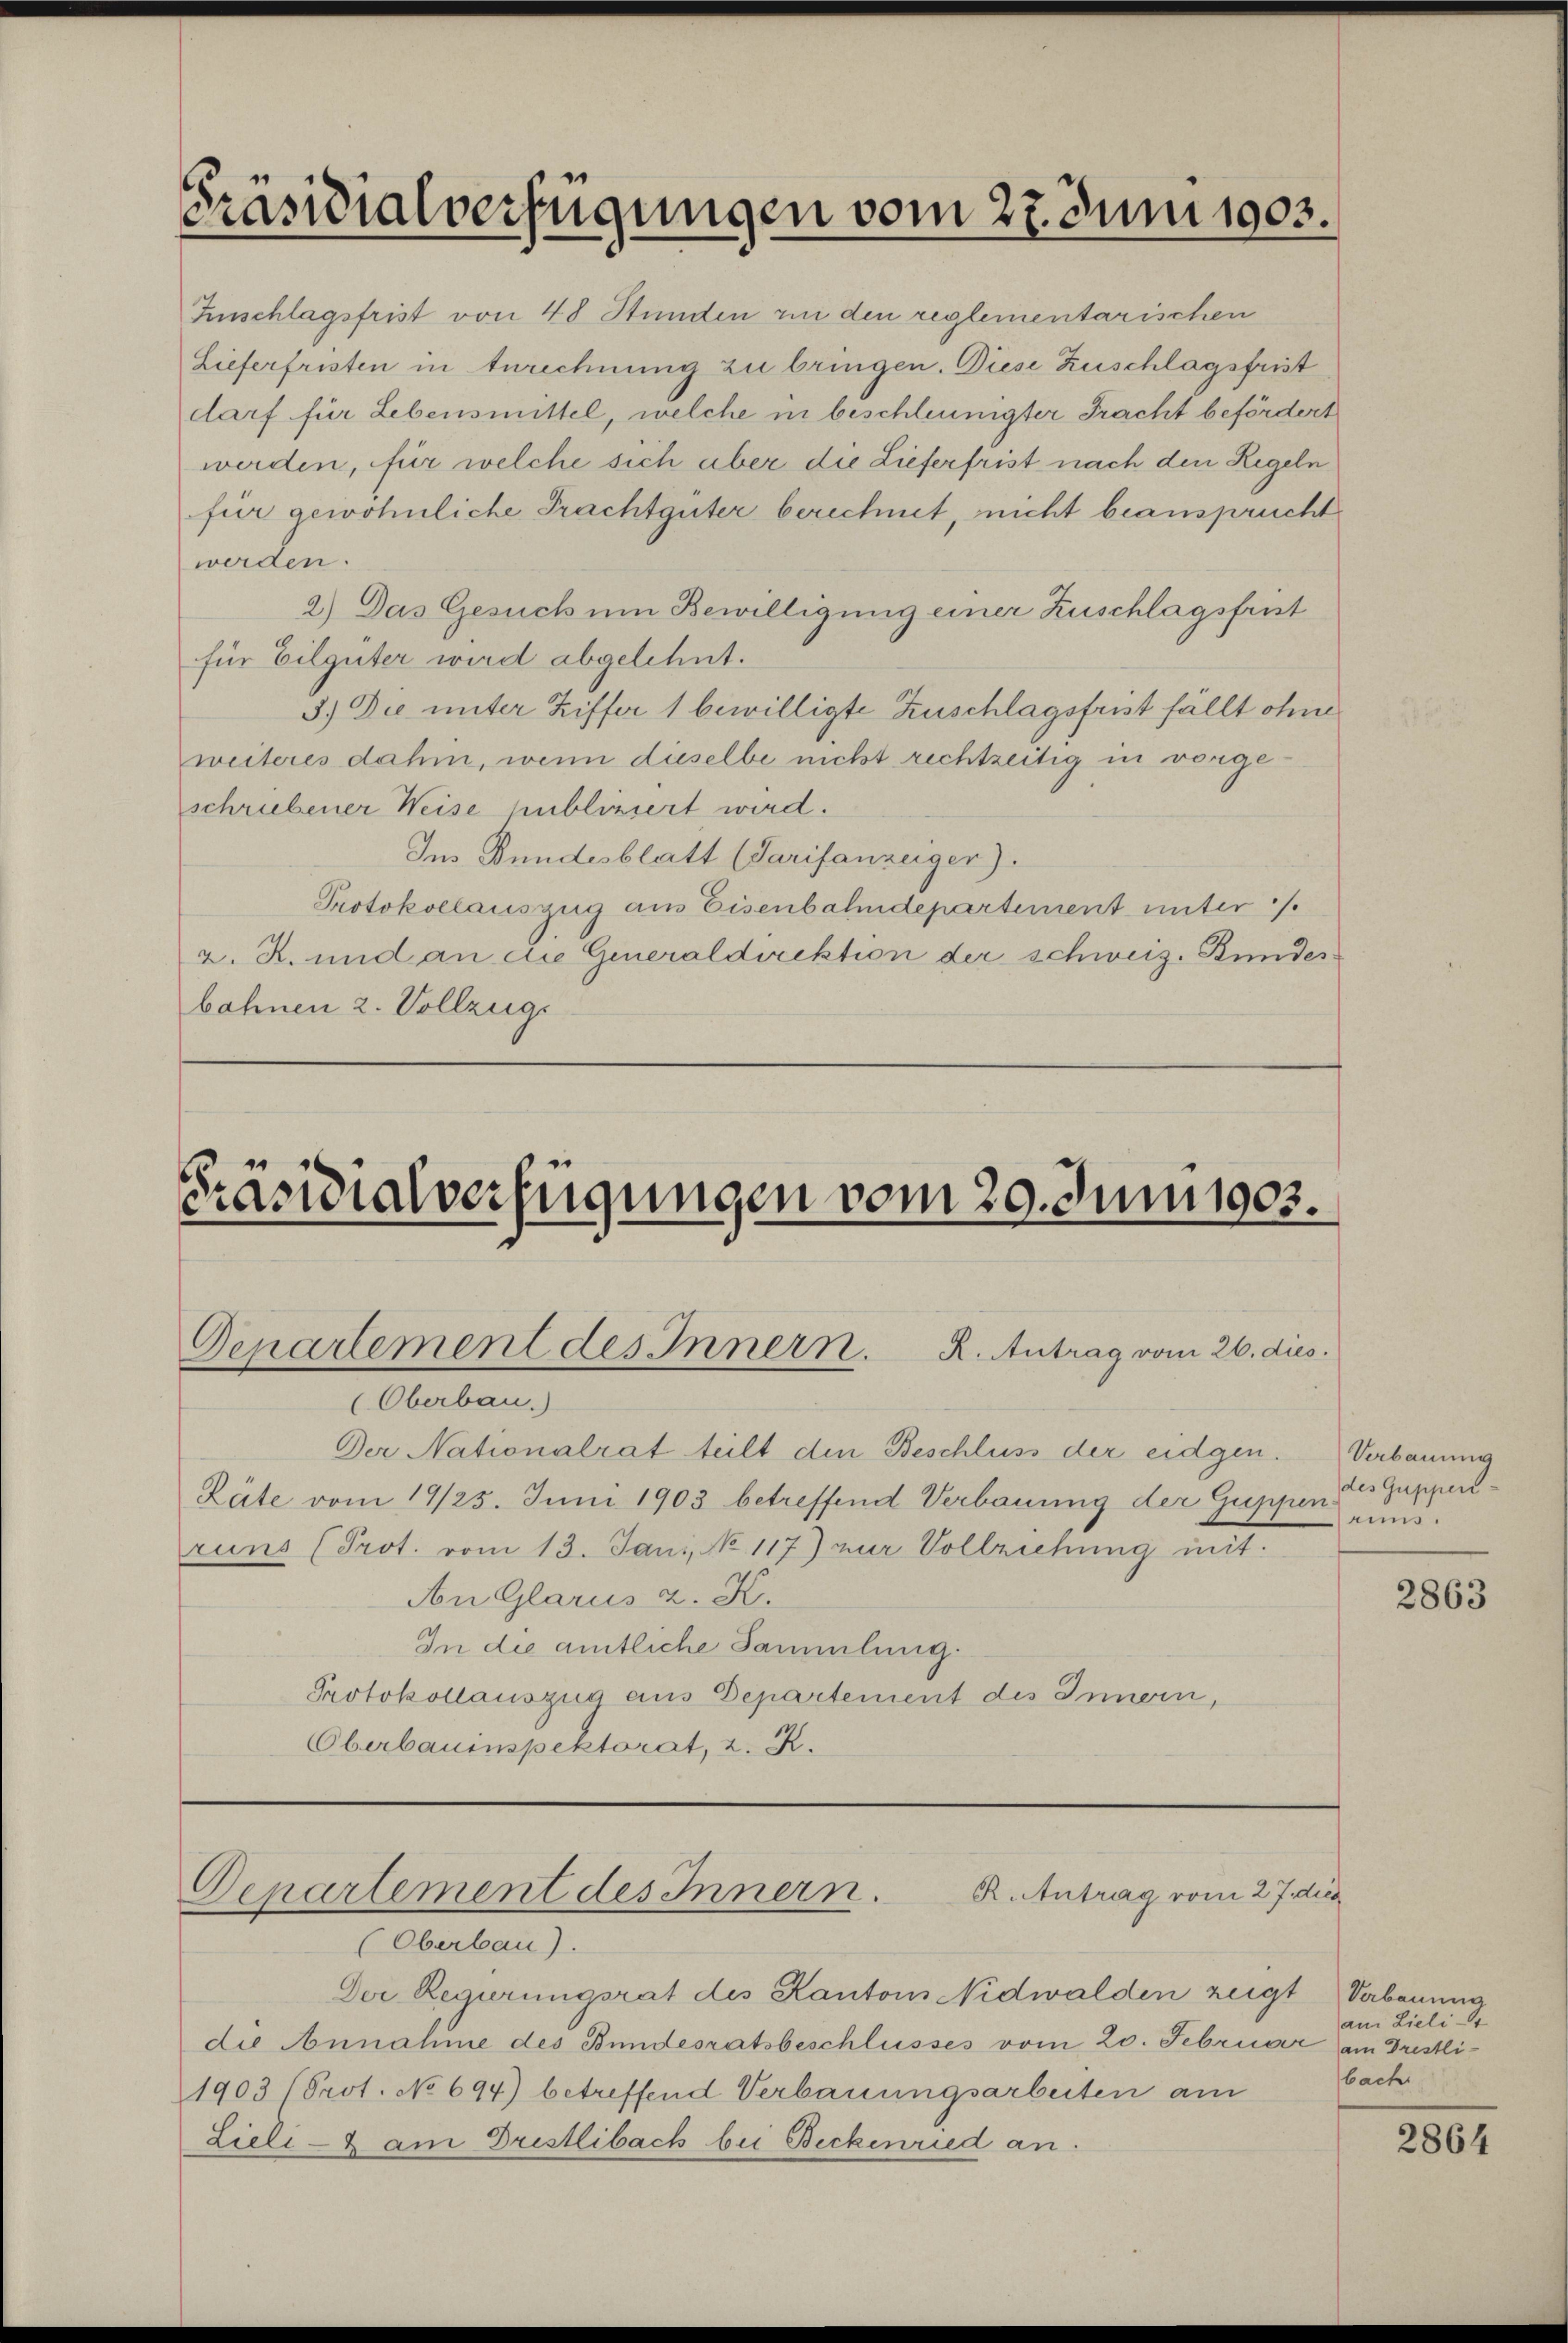
Präsidialverfügungen vom 27. Juni 1903.

Inschlagsfrist von 48 Stunden in den reglementarischen
Lieferfristen in Anrechnung zu bringen. Diese Zuschlagsfrist
darf für Lebensmittel, welche in beschleunigter Fracht befördert
werden, für welche sich aber die Lieferfrist nach den Regeln
für gewöhnliche Prachtgüter berechnet, nicht beansprucht
werden.
2.) Das Gesuch um Bewilligung einer Zuschlagsfrist
für Eilgüter wird abgelehnt.
3.) Die unter Ziffer 1 bewilligte Zuschlagsfrist fällt ohne
weiteres dahin, wenn dieselbe nicht rechtzeitig in vorgeschriebener Weise publiziert wird.
Im Bundesblatt (Sarifanzüger).
Protokollauszug aus Eisenbahndepartement unter /.
z. R. und an die Generaldirektion der schweiz. Bundes
bahnen 2. Vollzug.

Präsidialverfügungen vom 20. Juni 1903.
Departement des Innern. R. Antrag vom 26. dies

(Oberbau.)
Der Nationalrat teilt den Beschluss der eidgen. Verbauung
Räte vom 14/25. Juni 1903 betreffend Verbauung der Guppen und
runs (Prot. vom 13. Jani, No 117) zur Vollziehung mit
An Glarus z. K.
In die amtliche Sammlung.
Protokollauszug aus Departement des Innern,
Oberbauinspektorat, z. K.

Der Regierungsrat des Kantons Nidwalden zeigt Vabauung
die Annahme des Bundesratsbeschlusses vom 20. Februar am Drestli¬
1903 (Prot. No 694) betreffend Verbauungsarbeiten am
Lieli - am Dristlibach bei Beckenried an.

Departement des Innern.
R. Antrag vom 27. dies
(Oberbau).

des Guppen-

2863

am Lieli S.
bach

2864